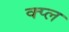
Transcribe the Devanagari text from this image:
क्प्ल